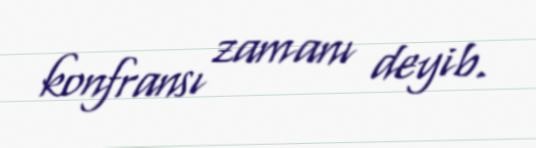
konfransı zamanı deyib.